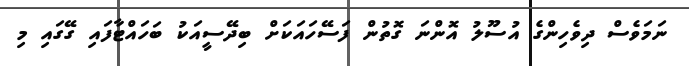
ނަމަވެސް ދިވެހިންގެ އުސޫލު އޮންނަ ގޮތުން ފަސޭހައަކަށް ބިދޭސީއަކު ބަހައްޓާފައި ގޭގައި މި